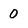
Character: 0